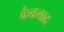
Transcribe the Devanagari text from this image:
कैकबाद